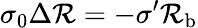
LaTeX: \sigma_{0}\Delta\mathcal{R}=-\sigma^{\prime}\mathcal{R}_{\mathrm{{{b}}}}